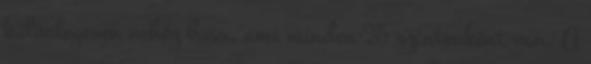
különlegesen nehéz boss, ami minden 25 szintenként van. A